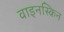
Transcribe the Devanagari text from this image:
वाइनस्किन